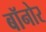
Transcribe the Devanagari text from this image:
बॉनोर